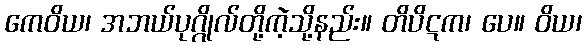
ကေဝိယ၊ အဘယ်ပုဂ္ဂိုလ်တို့ကဲ့သို့နည်း။ တိပိဋက၊ ပေ။ ဝိယ၊